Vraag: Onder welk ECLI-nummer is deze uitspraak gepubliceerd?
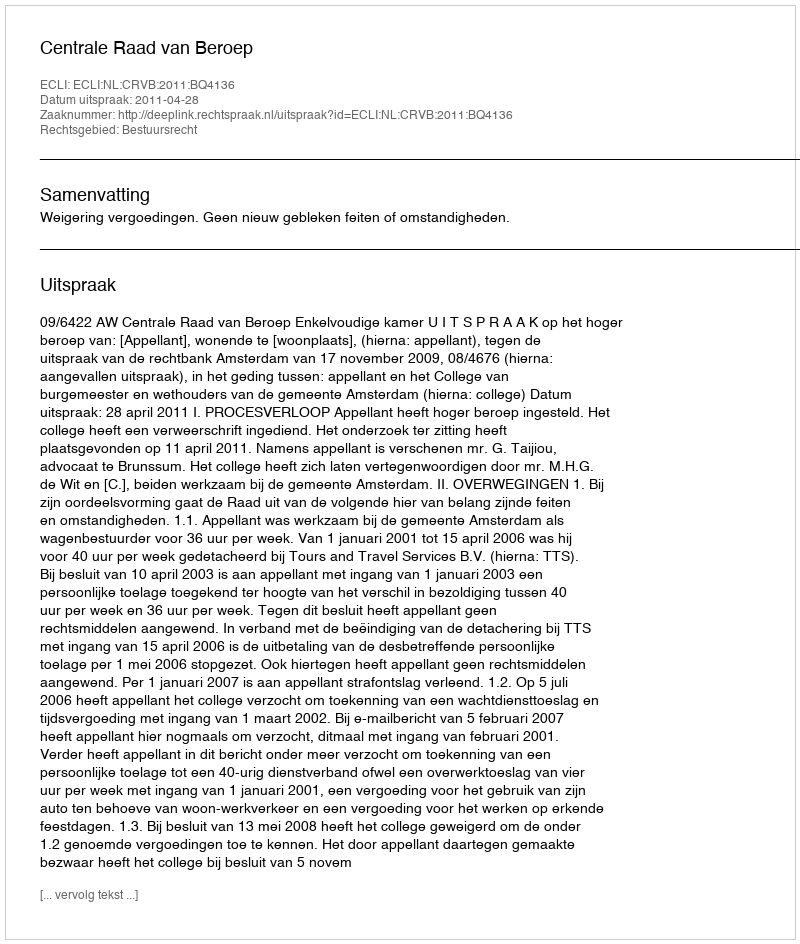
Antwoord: ECLI:NL:CRVB:2011:BQ4136